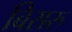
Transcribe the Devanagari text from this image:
बिसरु